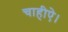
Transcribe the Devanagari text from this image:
चाहीऐ।